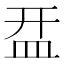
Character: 㿼